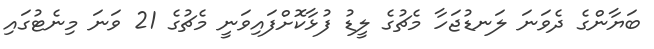
ބަޔާންގެ ދެވަނަ ލަނޑުޖަހާ މެޗުގެ ލީޑު ފުޅާކޮށްފައިވަނީ މެޗުގެ 21 ވަނަ މިނެޓުގައި